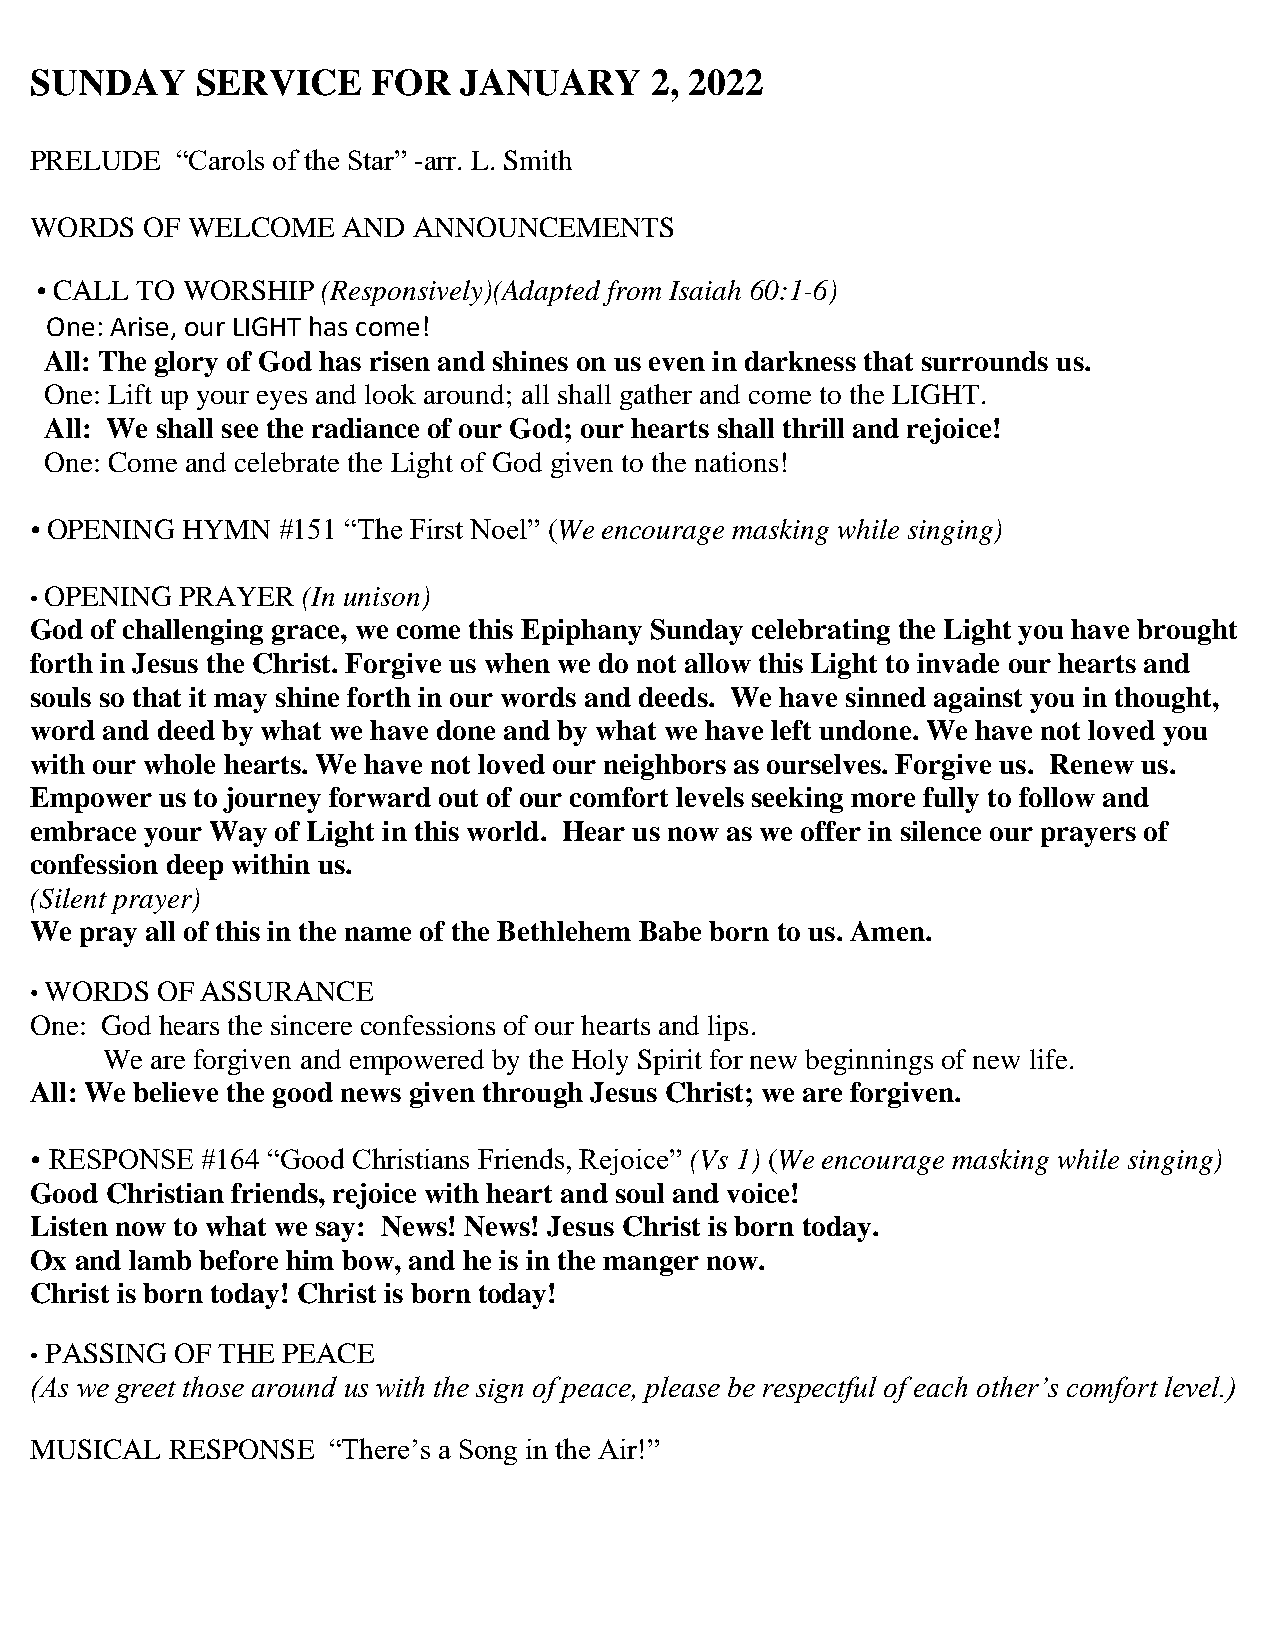
SUNDAY     SERVICE     FOR  JANUARY      2, 2022
 PRELUDE   “Carols of the Star” -arr. L. Smith
 WORDS  OF WELCOME    AND ANNOUNCEMENTS
  CALL TO WORSHIP  (Responsively)(Adapted from Isaiah 60:1-6)
 One: Arise, our LIGHT has come!
 All: The glory of God has risen and shines on us even in darkness that surrounds us.
 One: Lift up your eyes and look around; all shall gather and come to the LIGHT.
 All: We shall see the radiance of our God; our hearts shall thrill and rejoice!
 One: Come and celebrate the Light of God given to the nations!
  OPENING HYMN  #151 “The First Noel” (We encourage masking while singing)
 • OPENING PRAYER  (In unison)
 God of challenging grace, we come this Epiphany Sunday celebrating the Light you have brought
 forth in Jesus the Christ. Forgive us when we do not allow this Light to invade our hearts and
 souls so that it may shine forth in our words and deeds. We have sinned against you in thought,
 word and deed by what we have done and by what we have left undone. We have not loved you
 with our whole hearts. We have not loved our neighbors as ourselves. Forgive us. Renew us.
 Empower  us to journey forward out of our comfort levels seeking more fully to follow and
 embrace your Way of Light in this world. Hear us now as we offer in silence our prayers of
 confession deep within us.
 (Silent prayer)
 We pray all of this in the name of the Bethlehem Babe born to us. Amen.
 • WORDS OF ASSURANCE
 One: God hears the sincere confessions of our hearts and lips.
 We are forgiven and empowered by the Holy Spirit for new beginnings of new life.
 All: We believe the good news given through Jesus Christ; we are forgiven.
  RESPONSE #164 “Good Christians Friends, Rejoice” (Vs 1) (We encourage masking while singing)
 Good Christian friends, rejoice with heart and soul and voice!
 Listen now to what we say: News! News! Jesus Christ is born today.
 Ox and lamb before him bow, and he is in the manger now.
 Christ is born today! Christ is born today!
 • PASSING OF THE PEACE
 (As we greet those around us with the sign of peace, please be respectful of each other’s comfort level.)
 MUSICAL  RESPONSE   “There’s a Song in the Air!”